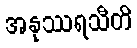
အနုဿရသီတိ